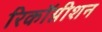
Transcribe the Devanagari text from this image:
रिकॉग्नीशन